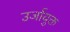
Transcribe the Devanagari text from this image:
उर्जायुक्त